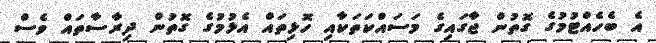
އެ ބެހެއްޓުމުގެ ގޮތުން ޖާގައިގެ މަސައްކަތަކާއި ހޮޅިތައް އެޅުމުގެ ގޮތުން ދިރާސާތައް ވެސް